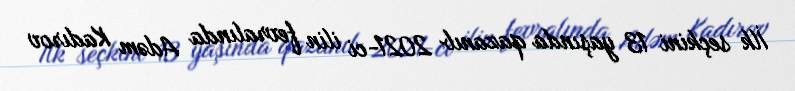
İlk seçkini 13 yaşında qazanıb 2021-ci ilin fevralında Adəm Kadırov